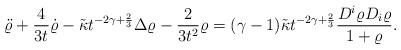
LaTeX: \begin{align*}\ddot{\varrho}+\frac{4}{3t} \dot{\varrho}-\tilde{\kappa}t^{-2\gamma+\frac{2}{3}}\Delta\varrho-\frac{2}{3t^2}\varrho=(\gamma-1)\tilde{\kappa}t^{-2\gamma+\frac{2}{3}}\frac{D^i\varrho D_i\varrho}{1+\varrho}. \end{align*}